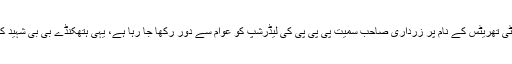
جب اقتدار ختم ہوا تو سیکیورٹی تھریٹس کے نام پر زرداری صاحب سمیت پی پی پی کی لیڈرشپ کو عوام سے دور رکھا جا رہا ہے، یہی ہتھکنڈے بی بی شہید کے خلاف استعمال کئے گئے۔